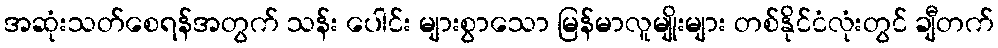
အဆုံးသတ်စေရန်အတွက် သန်း ပေါင်း များစွာသော မြန်မာလူမျိုးများ တစ်နိုင်ငံလုံးတွင် ချီတက်